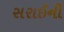
સરાઈની